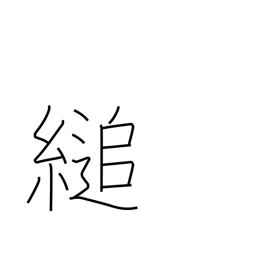
Meaning: hang on